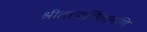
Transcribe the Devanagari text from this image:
श्रीतत्त्वचिंतामणि